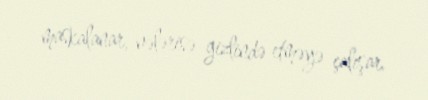
maskalanar, nələrisə gizlində etməyə çalışar.